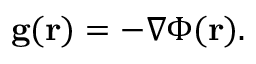
\mathbf { g } ( \mathbf { r } ) = - \nabla \Phi ( \mathbf { r } ) .